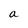
Character: a